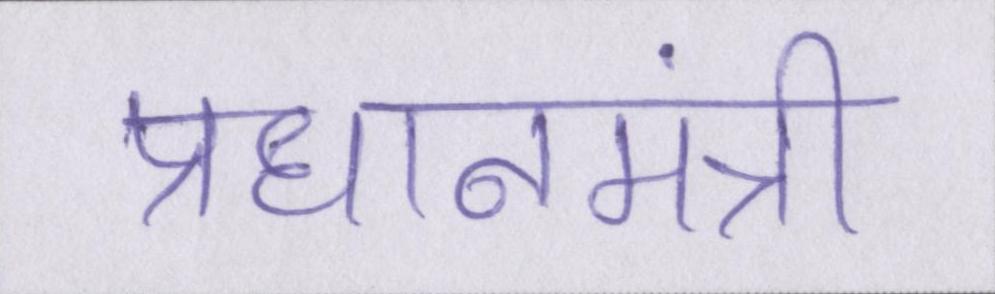
प्रधानमंत्री